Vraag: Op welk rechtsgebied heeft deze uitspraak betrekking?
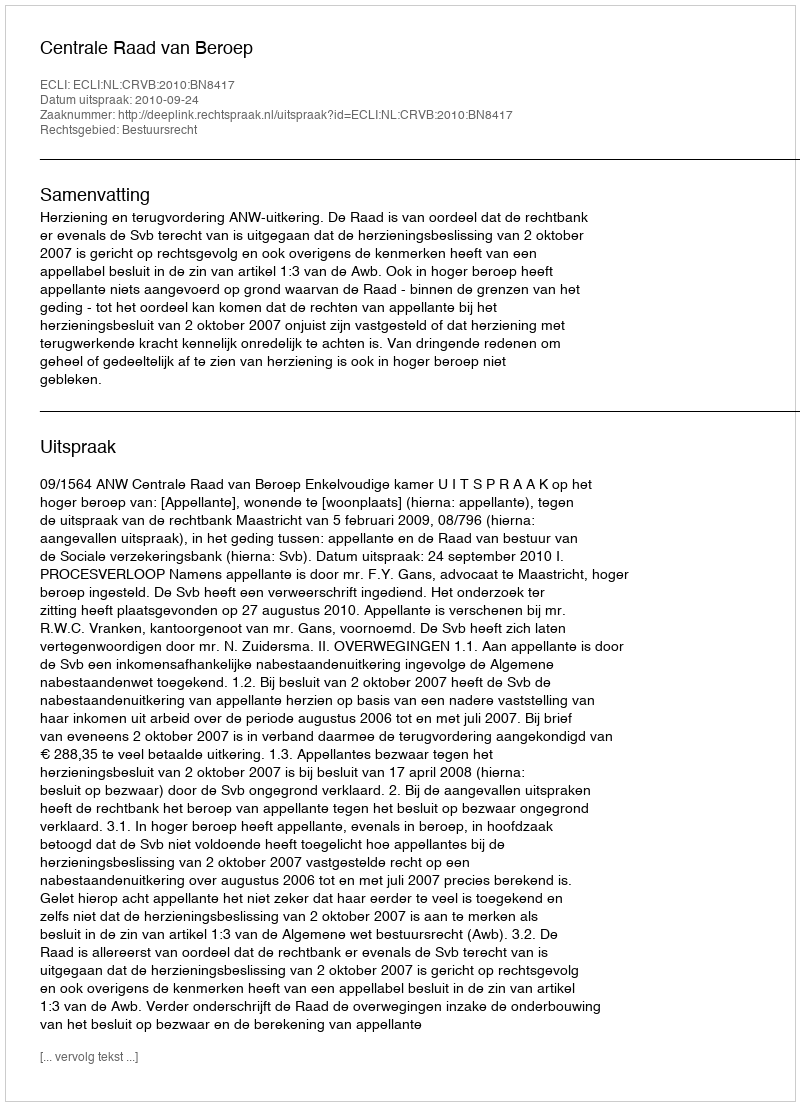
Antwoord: Bestuursrecht